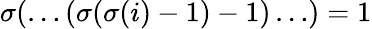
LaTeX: \sigma(\dots(\sigma(\sigma(i)-1)-1)\dots)=1